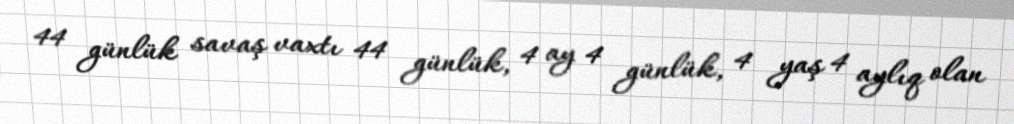
44 günlük savaş vaxtı 44 günlük, 4 ay 4 günlük, 4 yaş 4 aylıq olan